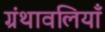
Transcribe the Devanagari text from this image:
ग्रंथावलियाँ